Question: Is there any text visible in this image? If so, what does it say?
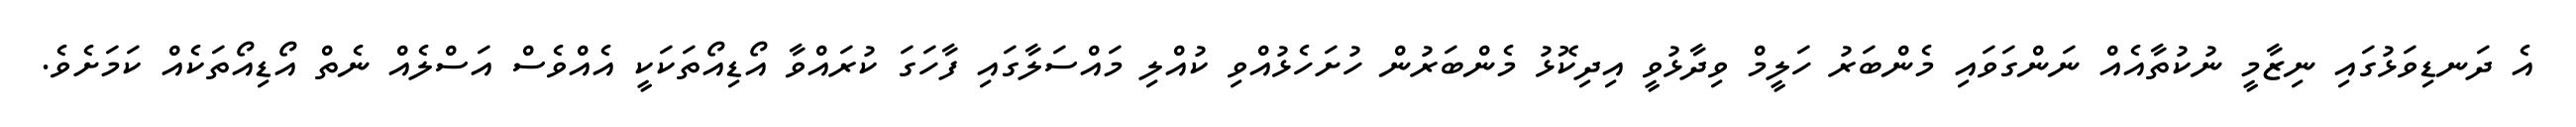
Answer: އެ ދަނޑިވަޅުގައި ނިޒާމީ ނުކުތާއެއް ނަންގަވައި މެންބަރު ހަލީމް ވިދާޅުވީ އިދިކޮޅު މެންބަރުން ހުށަހެޅުއްވި ކުއްލި މައްސަލާގައި ފާހަގަ ކުރައްވާ އޯޑިއޯތަކަކީ އެއްވެސް އަސްލެއް ނެތް އޯޑިއޯތަކެއް ކަމަށެވެ.